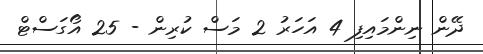
ދޭން ނިންމައިފި 4 އަހަރު 2 މަސް ކުރިން - 25 އޯގަސްޓް